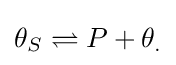
\theta _{S}\rightleftharpoons P+\theta _{.}